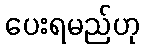
ပေးရမည်ဟု